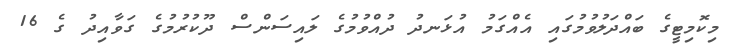
މިކޮމިޓީގެ ބައްދަލުވުމުގައި އެއްގަމު އުޅަނދު ދުއްވުމުގެ ލައިސަންސް ދޫކުރުމުގެ ގަވާއިދު ގެ 16